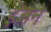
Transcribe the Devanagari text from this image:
इंजने